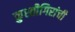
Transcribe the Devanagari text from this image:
कुस्तीगिरांची